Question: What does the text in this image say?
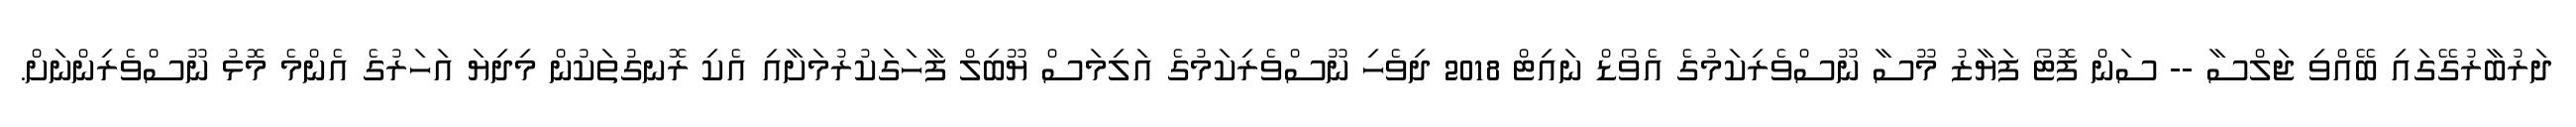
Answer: ދަރުބާރުގޭގައި ބޭއްވި ޖަލްސާ -- ސަން ފޮޓޯ ފަޔާޒު މޫސާ ނޫސްވެރިކަމުގެ އެވޯޑް ނައިޓް 2018 ދިވެހި ނޫސްވެރިކަމުގެ އަލިމަސް ޔޫބިލް ފާހަގަކުރުމަށާއި އެކި ރޮނގުތަކުން މިދިޔަ އަހަރުގެ އެންމެ މޮޅު ނޫސްވެރިންނަށް.